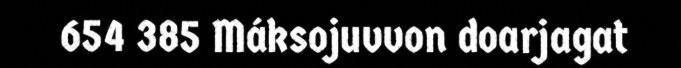
654 385 Máksojuvvon doarjagat